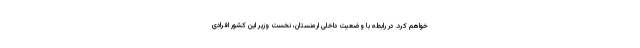
خواهم کرد. در رابطه با وضعیت داخلی ارمنستان، نخست وزیر این کشور افرادی